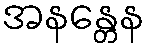
အနန္တေန